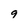
Character: 9